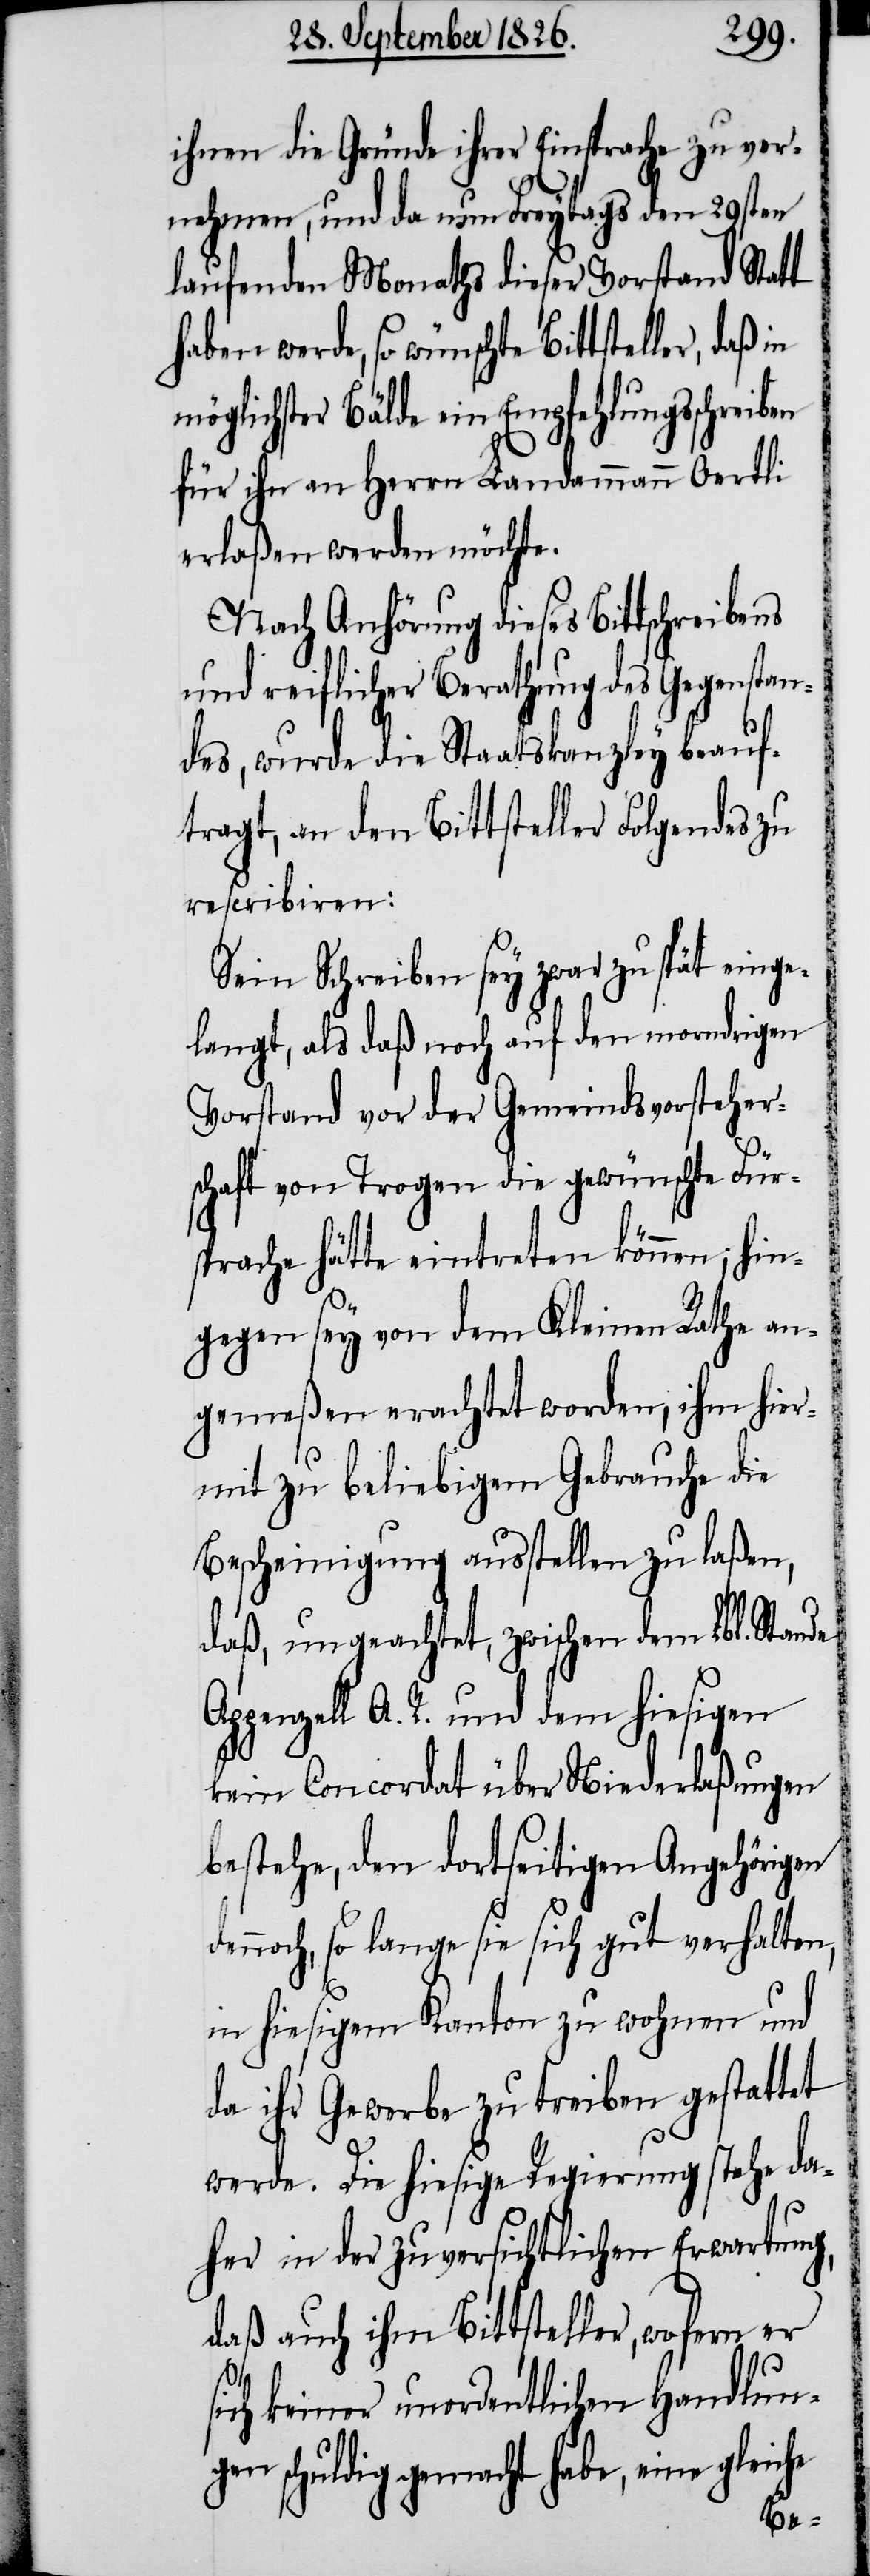
ihnen die Gründe ihrer Einsprache zu ver¬
nehmen, und da nun Freytags den 29sten
laufenden Monaths dieser Vorstand Statt
haben werde, so wünschte Bittsteller, daß
möglichster Bälde ein Empfehlungsschreiben
für ihn an Herrn Landammann Oertli
erlaßen werden möchte.
Nach Anhörung dieses Bittschreibens
und reiflicher Berathung des Gegenstan¬
des, wurde die Staatskanzley beauf¬
tragt, an den Bittsteller Folgendes zu
rescribiren:
Sein Schreiben sey zwar zu spät einge¬
langt, als daß noch auf den morndrigen
Vorstand vor der Gemeindsvorsteher¬
schaft von Trogen die gewünschte Für¬
sprache hätte eintreten können; hin¬
gegen sey von dem Kleinen Rathe an¬
gemeßen erachtet worden, ihm hier¬
he
mit zu beliebigem Gebrauche die
Bescheinigung ausstellen zu laßen,
daß, ungeachtet, zwischen dem Lbl. Stande
Appenzell A. R. und dem hiesigen
kein Concordat über Niederlaßungen
bestehe, den dortseitigen Angehörigen
nnoch, so lange sie sich gut verhalten,
in hiesigem Kanton zu wohnen und
da ihr Gewerbe zu treiben gestattet
werde. Die hiesige Regierung stehe da¬
her in der zuversichtlichen Erwartung,
daß auch ihm Bittsteller, wofern er
sich keiner unordentlichen Handlung¬
en schuldig gemacht habe, eine gleic¬